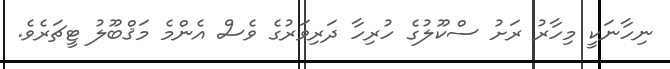
ނިހާނަކީ މިހާރު ރަށު ސްކޫލުގެ ހުރިހާ ދަރިވަރުގެ ވެސް އެންމެ މަޤްބޫލު ޓީޗަރެވެ.